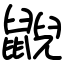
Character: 𪕨